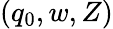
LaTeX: (q_{0},w,Z)